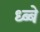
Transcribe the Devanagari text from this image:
ध्ब्बे